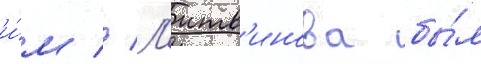
и́м // Л'итв'инова бы́л